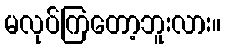
မလုပ်ကြတော့ဘူးလား။